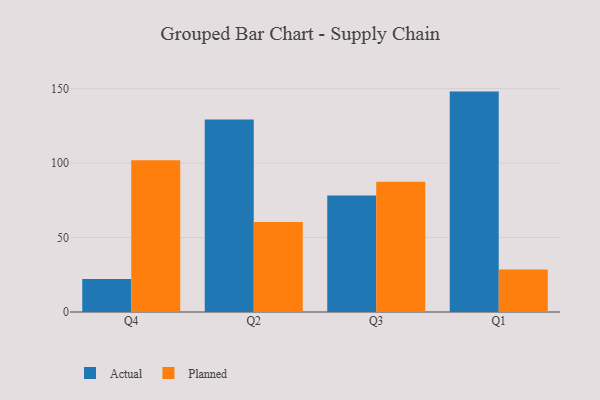
{"axis": {"x": "Quarter", "y": "Revenue (USD Million)"}, "legend": ["Actual", "Planned"], "data": [{"x": "Q4", "y": 22.2, "type": "Actual"}, {"x": "Q4", "y": 101.9, "type": "Planned"}, {"x": "Q2", "y": 129.3, "type": "Actual"}, {"x": "Q2", "y": 60.4, "type": "Planned"}, {"x": "Q3", "y": 78.3, "type": "Actual"}, {"x": "Q3", "y": 87.5, "type": "Planned"}, {"x": "Q1", "y": 148.0, "type": "Actual"}, {"x": "Q1", "y": 28.5, "type": "Planned"}]}